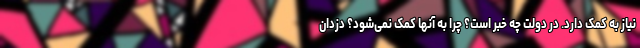
نیاز به کمک دارد. در دولت چه خبر است؟ چرا به آنها کمک نمی‌شود؟ دزدان